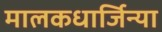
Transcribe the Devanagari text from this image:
मालकधार्जिन्या